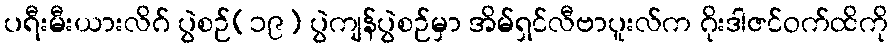
ပရီးမီးယားလိဂ် ပွဲစဉ်(၁၉) ပွဲကျန်ပွဲစဉ်မှာ အိမ်ရှင်လီဗာပူးလ်က ဂိုးဒါဇင်ဝက်ထိကို